Civil Veterinary Dept. Bombay admin report 1923-31 - 1923-1931
Year: 1923
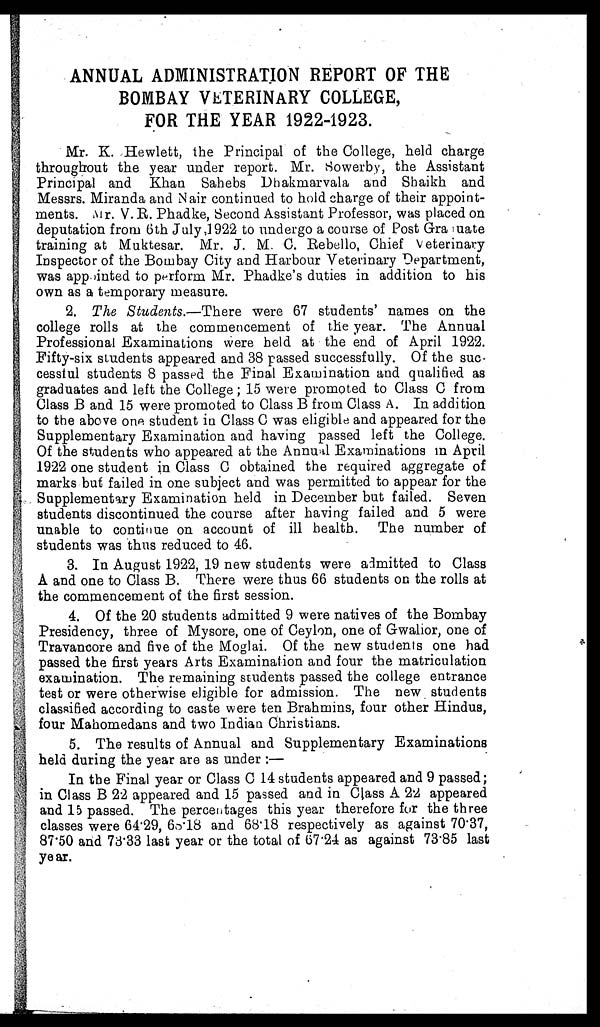
ANNUAL ADMINISTRATION REPORT OF THE
BOMBAY VETERINARY COLLEGE,
FOR THE YEAR 1922-1923.
Mr. K. Hewlett, the Principal of the College, held charge
throughout the year under report. Mr. Sowerby, the Assistant
Principal and Khan Sahebs Dhakmarvala and Shaikh and
Messrs. Miranda and Nair continued to hold charge of their appoint-
ments. Mr. V. R. Phadke, Second Assistant Professor, was placed on
deputation from 6th July ,1922 to undergo a course of Post Graduate
training at Muktesar. Mr. J. M. C. Rebello, Chief Veterinary
Inspector of the Bombay City and Harbour Veterinary Department,
was appointed to perform Mr. Phadke's duties in addition to his
own as a temporary measure.
2. The Students.—There were 67 students' names on the
college rolls at the commencement of the year. The Annual
Professional Examinations were held at the end of April 1922.
Fifty-six students appeared and 38 passed successfully. Of the sue
cesstul students 8 passed the Final Examination and qualified as
graduates and left the College ; 15 were promoted to Class C from
Class B and 15 were promoted to Class B from Class A. In addition
to the above one student in Class C was eligible and appeared for the
Supplementary Examination and having passed left the College.
Of the students who appeared at the Annual Examinations in April
1922 one student in Class C obtained the required aggregate of
marks but failed in one subject and was permitted to appear for the
Supplementary Examination held in December but failed. Seven
students discontinued the course after having failed and 5 were
unable to continue on account of ill health. The number of
students was thus reduced to 46.
3. In August 1922, 19 new students were admitted to Class
A and one to Class B. There were thus 66 students on the rolls at
the commencement of the first session.
4. Of the 20 students admitted 9 were natives of the Bombay
Presidency, three of Mysore, one of Ceylon, one of Gwalior, one of
Travancore and five of the Moglai. Of the new students one had
passed the first years Arts Examination and four the matriculation
examination. The remaining students passed the college entrance
test or were otherwise eligible for admission. The new students
classified according to caste were ten Brahmins, four other Hindus,
four Mahomedans and two Indian Christians.
5. The results of Annual and Supplementary Examinations
held during the year are as under :—
In the Final year or Class C 14 students appeared and 9 passed;
in Class B 22 appeared and 15 passed and in Class A 22 appeared
and 15 passed. The percentages this year therefore for the three
classes were 64.29, 68.18 and 68.18 respectively as against 70'37,
87.50 and 73.33 last year or the total of 67.24 as against 73.85 last
year.